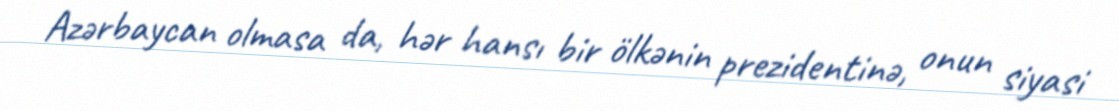
Azərbaycan olmasa da, hər hansı bir ölkənin prezidentinə, onun siyasi